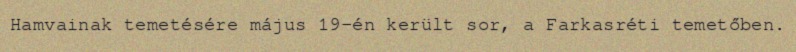
Hamvainak temetésére május 19-én került sor, a Farkasréti temetőben.